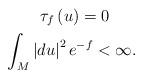
LaTeX: \begin{gather*}\ \tau _{f}\left( u\right) =0 \\\int_{M}\left\vert du\right\vert ^{2}e^{-f}<\infty .\end{gather*}